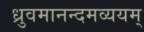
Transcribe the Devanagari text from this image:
ध्रुवमानन्दमव्ययम्